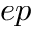
e p